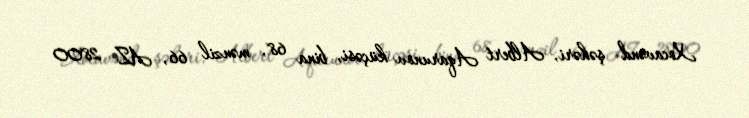
Xocavənd şəhəri, Albert Aqarunov küçəsi, bina 68, mənzil 66, AZ 2800